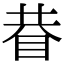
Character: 𥆇